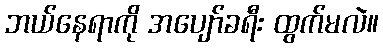
ဘယ်နေရာကို အပျော်ခရီး ထွက်မလဲ။